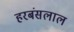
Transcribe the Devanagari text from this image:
हरबंसलाल